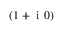
( 1 + \textrm { i } 0 )